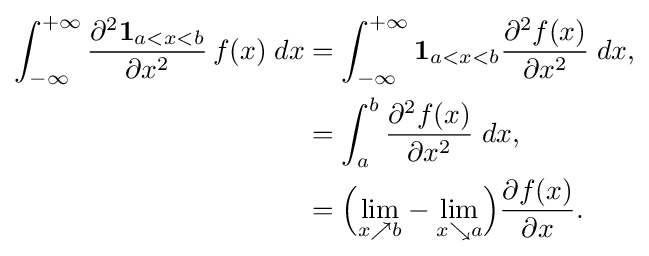
{\begin{aligned}\int _{-\infty }^{+\infty }{\frac {\partial ^{2}\mathbf {1} _{a<x<b}}{\partial x^{2}}}\,f(x)\;dx&=\int _{-\infty }^{+\infty }\mathbf {1} _{a<x<b}{\frac {\partial ^{2}f(x)}{\partial x^{2}}}\;dx,\\&=\displaystyle \int _{a}^{b}{\frac {\partial ^{2}f(x)}{\partial x^{2}}}\;dx,\\&=\displaystyle {\Big (}{\underset {x\nearrow b}{\lim }}-{\underset {x\searrow a}{\lim }}{\Big )}{\frac {\partial f(x)}{\partial x}}.\end{aligned}}